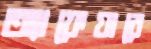
অ্যাফেয়ারে